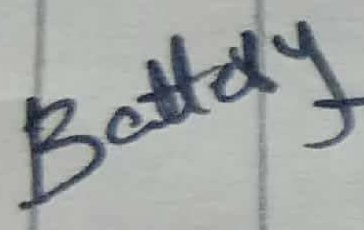
Text: Battery